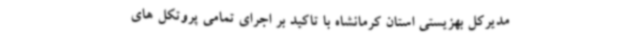
مدیرکل بهزیستی استان کرمانشاه با تاکید بر اجرای تمامی پروتکل های